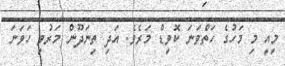
މިއީ މި މަހުގެ ހަތްވަނަ ކޮވިޑް މަރެވެ. އަދި ތިނަދޫން މަރުވި ހަވަނަ